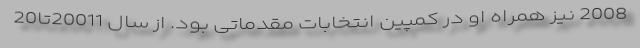
2008 نیز همراه او در کمپین انتخابات مقدماتی بود. از سال 20011تا20